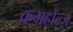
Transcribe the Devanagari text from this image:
क्रमहोल्ज़